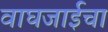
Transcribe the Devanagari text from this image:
वाघजाईचा